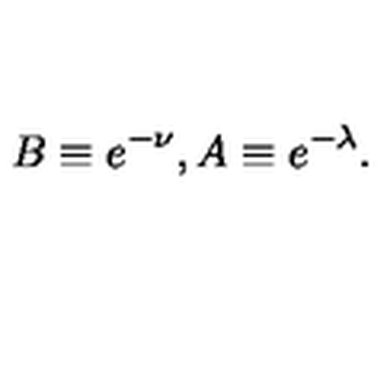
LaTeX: B \equiv e ^ { - \nu } , A \equiv e ^ { - \lambda } .